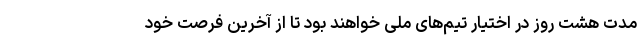
مدت هشت روز در اختیار تیم‌های ملی خواهند بود تا از آخرین فرصت خود